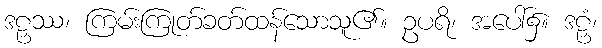
ဒဠှဿ၊ ကြမ်းကြုတ်ခတ်ထန်သောသူ၏။ ဥပရိ၊ အပေါ်၌။ ဒဠှံ၊